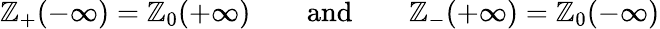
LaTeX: \mathbb{Z}_{+}(-\infty)=\mathbb{Z}_{0}(+\infty)\qquad\textrm{{and}}\qquad\mathbb{Z}_{-}(+\infty)=\mathbb{Z}_{0}(-\infty)